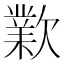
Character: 㱉